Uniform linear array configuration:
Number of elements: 8
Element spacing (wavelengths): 0.5
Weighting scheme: cosine
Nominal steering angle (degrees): -30
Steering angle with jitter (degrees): -31.112
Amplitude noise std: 0.05
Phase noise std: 0.05

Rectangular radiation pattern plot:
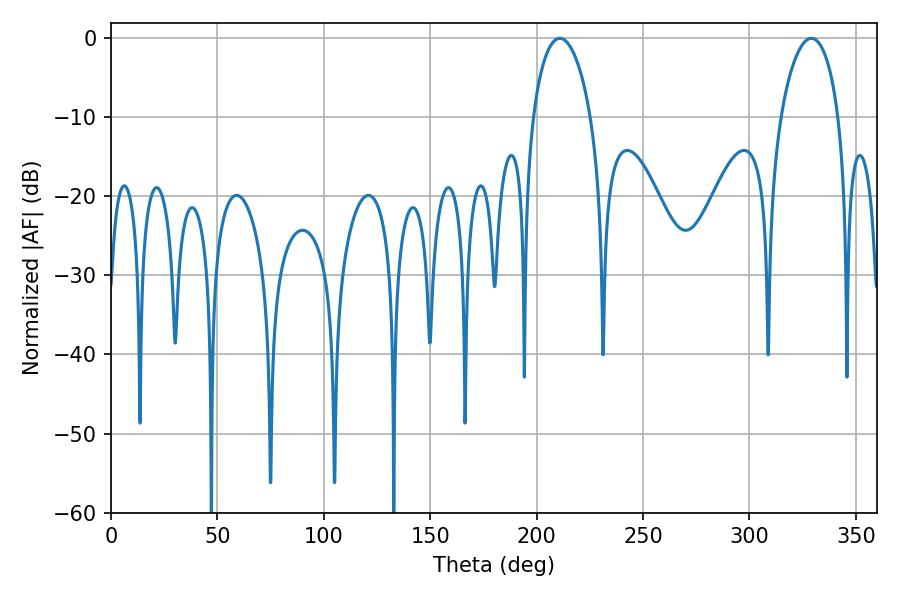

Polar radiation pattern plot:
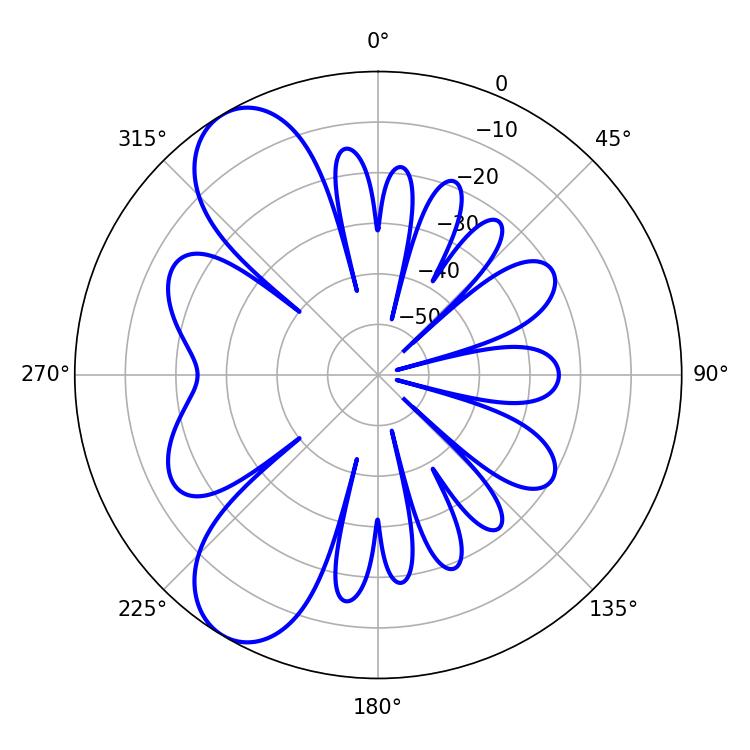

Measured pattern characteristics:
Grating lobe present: FALSE
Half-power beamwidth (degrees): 15.66
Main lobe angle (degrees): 210.96